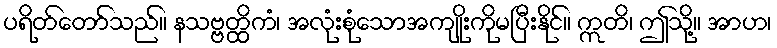
ပရိတ်တော်သည်။ နသဗ္ဗတ္ထိကံ၊ အလုံးစုံသောအကျိုးကိုမပြီးနိုင်။ ဣတိ၊ ဤသို့။ အာဟ၊